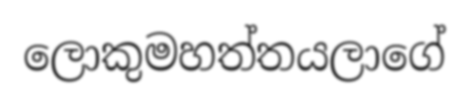
ලොකුමහත්තයලාගේ